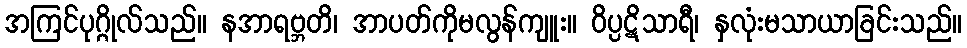
အကြင်ပုဂ္ဂိုလ်သည်။ နအာရဗ္ဘတိ၊ အာပတ်ကိုမလွန်ကျူး။ ဝိပ္ပဋိသာရီ၊ နှလုံးမသာယာခြင်းသည်။